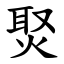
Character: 㷅